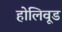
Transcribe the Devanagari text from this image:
होलिवूड